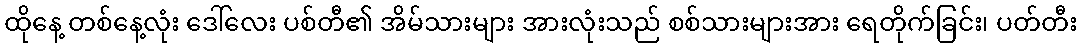
ထိုနေ့ တစ်နေ့လုံး ဒေါ်လေး ပစ်တီ၏ အိမ်သားများ အားလုံးသည် စစ်သားများအား ရေတိုက်ခြင်း၊ ပတ်တီး